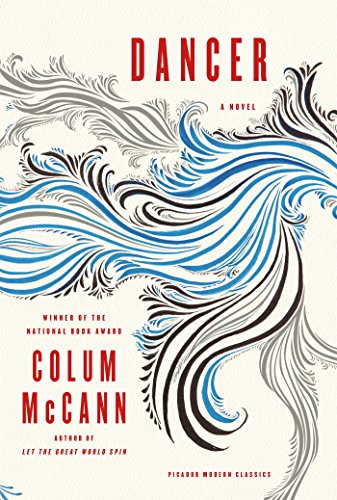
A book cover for Dancer: A Novel (Picador Modern Classics); Colum McCann; Literature & Fiction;